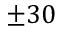
\pm 3 0